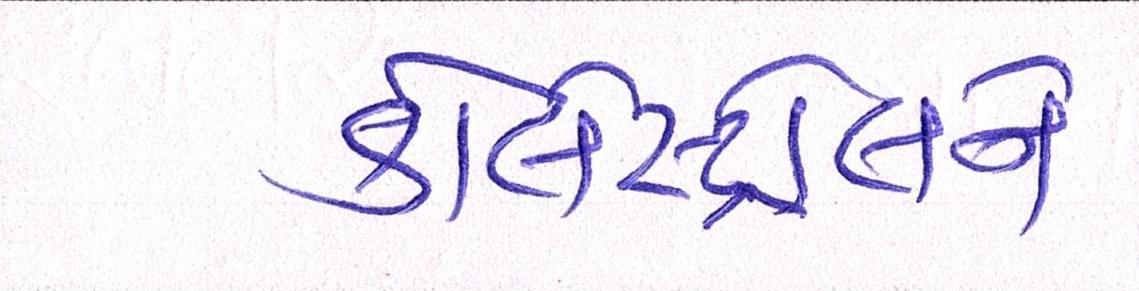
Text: કોલેસ્ટ્રોલને